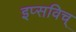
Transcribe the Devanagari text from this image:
इप्सविच्‌